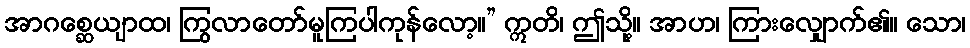
အာဂစ္ဆေယျာထ၊ ကြွလာတော်မူကြပါကုန်လော့။” ဣတိ၊ ဤသို့။ အာဟ၊ ကြားလျှောက်၏။ သော၊